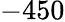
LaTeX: -450